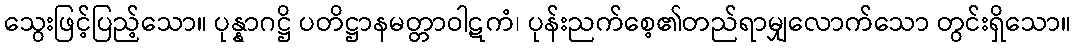
သွေးဖြင့်ပြည့်သော။ ပုန္နာဂဋ္ဌိ ပတိဋ္ဌာနမတ္တာဝါဋကံ၊ ပုန်းညက်စေ့၏တည်ရာမျှလောက်သော တွင်းရှိသော။